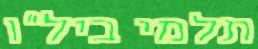
תלמי ביל"ו